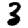
Digit: 3